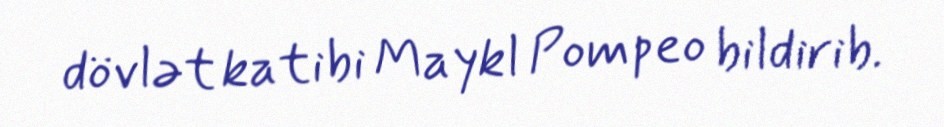
dövlət katibi Maykl Pompeo bildirib.